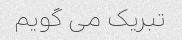
تبریک می گویم